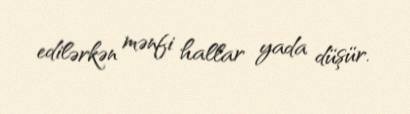
edilərkən mənfi hallar yada düşür.